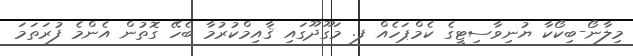
މިލާނޯ-ބިކޯކާ ޔުނިވާސިޓީގެ ކެމްޕަހެއް ފ. މަގޫދޫގައި ޤާއިމްކުރުމާ ބެހޭ ގޮތުން އެންމެ ފުރަތަމަ